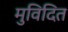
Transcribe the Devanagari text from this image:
मुविदित